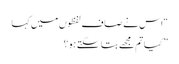
“اس نے صاف لفظوں میں کہا
” کیا تم مجھے بتا سکتے ہو ؟